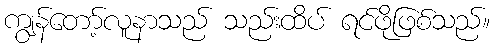
ကျွန်တော့်လူနာသည် သည်းထိပ် ရင်ဖိုဖြစ်သည်။